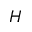
H